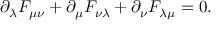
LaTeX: { \partial _ { \lambda } } F _ { \mu \nu } + { \partial _ { \mu } } F _ { \nu \lambda } + { \partial _ { \nu } } F _ { \lambda \mu } = 0 .